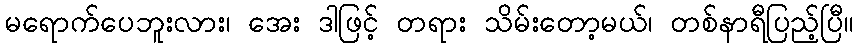
မရောက်ပေဘူးလား၊ အေး ဒါဖြင့် တရား သိမ်းတော့မယ်၊ တစ်နာရီပြည့်ပြီ။